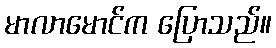
မာလာမောင်က ပြောသည်။